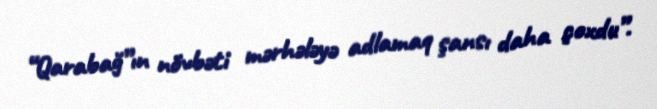
“Qarabağ”ın növbəti mərhələyə adlamaq şansı daha çoxdu”.